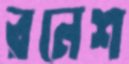
রনেশ